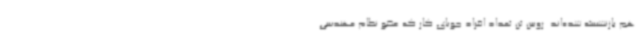
هم بازنشسته شده‌اند. رویین تن تعداد افراد جویای کار که عضو نظام مهندسی